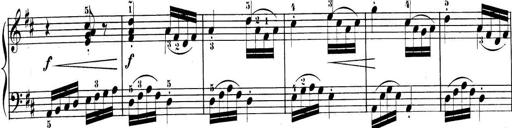
Title: 3 Sonatinen, Op.8
Composer: Isidor Wilhelm Seiss